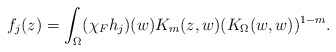
\begin{align*} f_j(z)=\int_\Omega (\chi_F h_j)(w) K_m(z,w) (K_\Omega(w,w))^{1-m}.\end{align*}